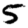
Digit: 5